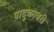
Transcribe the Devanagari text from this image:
पादुकावरी